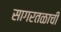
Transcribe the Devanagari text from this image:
सागरतळाची